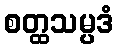
စတ္ထသမ္ပဒံ